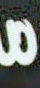
ما